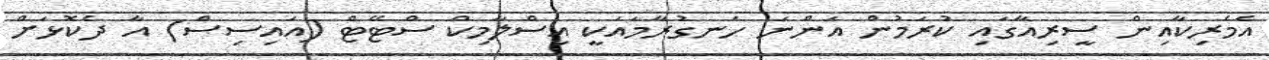
އެމެރިކާއިން ސީރިއާގައި ކުރަމުން އަންނަ ހަނގުރާމައަކީ އިސްލާމިކް ސްޓޭޓް (އައިސިސް) އާ ދެކޮޅަށް